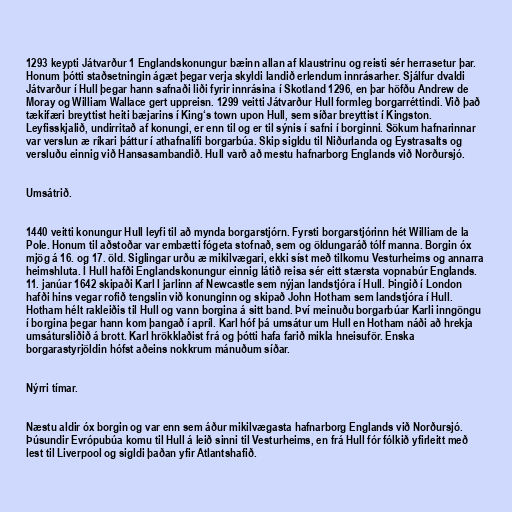
1293 keypti Játvarður 1 Englandskonungur bæinn allan af klaustrinu og reisti sér herrasetur þar.
Honum þótti staðsetningin ágæt þegar verja skyldi landið erlendum innrásarher. Sjálfur dvaldi
Játvarður í Hull þegar hann safnaði liði fyrir innrásina í Skotland 1296, en þar höfðu Andrew de
Moray og William Wallace gert uppreisn. 1299 veitti Játvarður Hull formleg borgarréttindi. Við það
tækifæri breyttist heiti bæjarins í King‘s town upon Hull, sem síðar breyttist í Kingston.
Leyfisskjalið, undirritað af konungi, er enn til og er til sýnis í safni í borginni. Sökum hafnarinnar
var verslun æ ríkari þáttur í athafnalífi borgarbúa. Skip sigldu til Niðurlanda og Eystrasalts og
versluðu einnig við Hansasambandið. Hull varð að mestu hafnarborg Englands við Norðursjó.

Umsátrið.

1440 veitti konungur Hull leyfi til að mynda borgarstjórn. Fyrsti borgarstjórinn hét William de la
Pole. Honum til aðstoðar var embætti fógeta stofnað, sem og öldungaráð tólf manna. Borgin óx
mjög á 16. og 17. öld. Siglingar urðu æ mikilvægari, ekki síst með tilkomu Vesturheims og annarra
heimshluta. Í Hull hafði Englandskonungur einnig látið reisa sér eitt stærsta vopnabúr Englands.
11. janúar 1642 skipaði Karl I jarlinn af Newcastle sem nýjan landstjóra í Hull. Þingið í London
hafði hins vegar rofið tengslin við konunginn og skipað John Hotham sem landstjóra í Hull.
Hotham hélt rakleiðis til Hull og vann borgina á sitt band. Því meinuðu borgarbúar Karli inngöngu
í borgina þegar hann kom þangað í apríl. Karl hóf þá umsátur um Hull en Hotham náði að hrekja
umsátursliðið á brott. Karl hrökklaðist frá og þótti hafa farið mikla hneisuför. Enska
borgarastyrjöldin hófst aðeins nokkrum mánuðum síðar.

Nýrri tímar.

Næstu aldir óx borgin og var enn sem áður mikilvægasta hafnarborg Englands við Norðursjó.
Þúsundir Evrópubúa komu til Hull á leið sinni til Vesturheims, en frá Hull fór fólkið yfirleitt með
lest til Liverpool og sigldi þaðan yfir Atlantshafið.